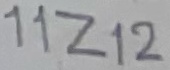
Text: 11Z12